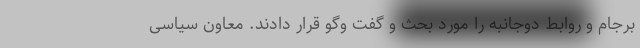
برجام و روابط دوجانبه را مورد بحث و گفت وگو قرار دادند. معاون سیاسی